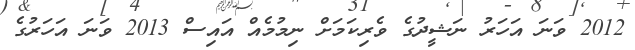
2012 ވަނަ އަހަރު ނަޝީދުގެ ވެރިކަމަށް ނިމުމެއް އައިސް 2013 ވަނަ އަހަރުގެ